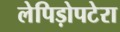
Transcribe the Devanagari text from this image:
लेपिड़ोपटेरा